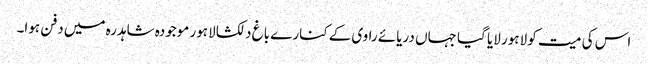
اس کی میت کو لاہور لایا گیا جہاں دریائے راوی کے کنارے باغ دلکشا لاہور موجودہ شاہدرہ میں دفن ہوا۔